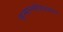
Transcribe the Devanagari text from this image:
सन्मान्सोह्ळ्यात